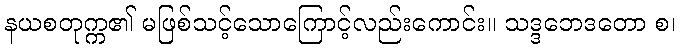
နယစတုက္က၏ မဖြစ်သင့်သောကြောင့်လည်းကောင်း။ သဒ္ဒဘေဒတော စ၊